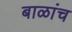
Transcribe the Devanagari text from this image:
बाळांच